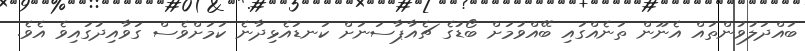
ބައްދަލުވުންތައް އެނޫން ތަނެއްގައި ބޭއްވުމަށް ބޯޑުގެ ޗެއާޕާސަނަށް ކަނޑައެޅިދާނެ ކަމަށްވެސް ގަވާއިދުގައިވެ އެވެ.